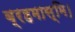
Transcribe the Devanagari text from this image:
ब्रहमास्मि।